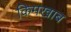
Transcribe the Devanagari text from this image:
किमखाब